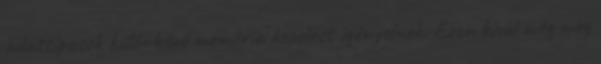
adattípusok különböző memória kezelést igényelnek. Ezen kívül még meg